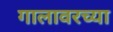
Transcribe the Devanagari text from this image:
गालावरच्या